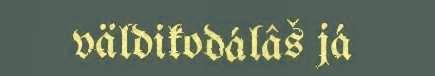
väldikodálâš já